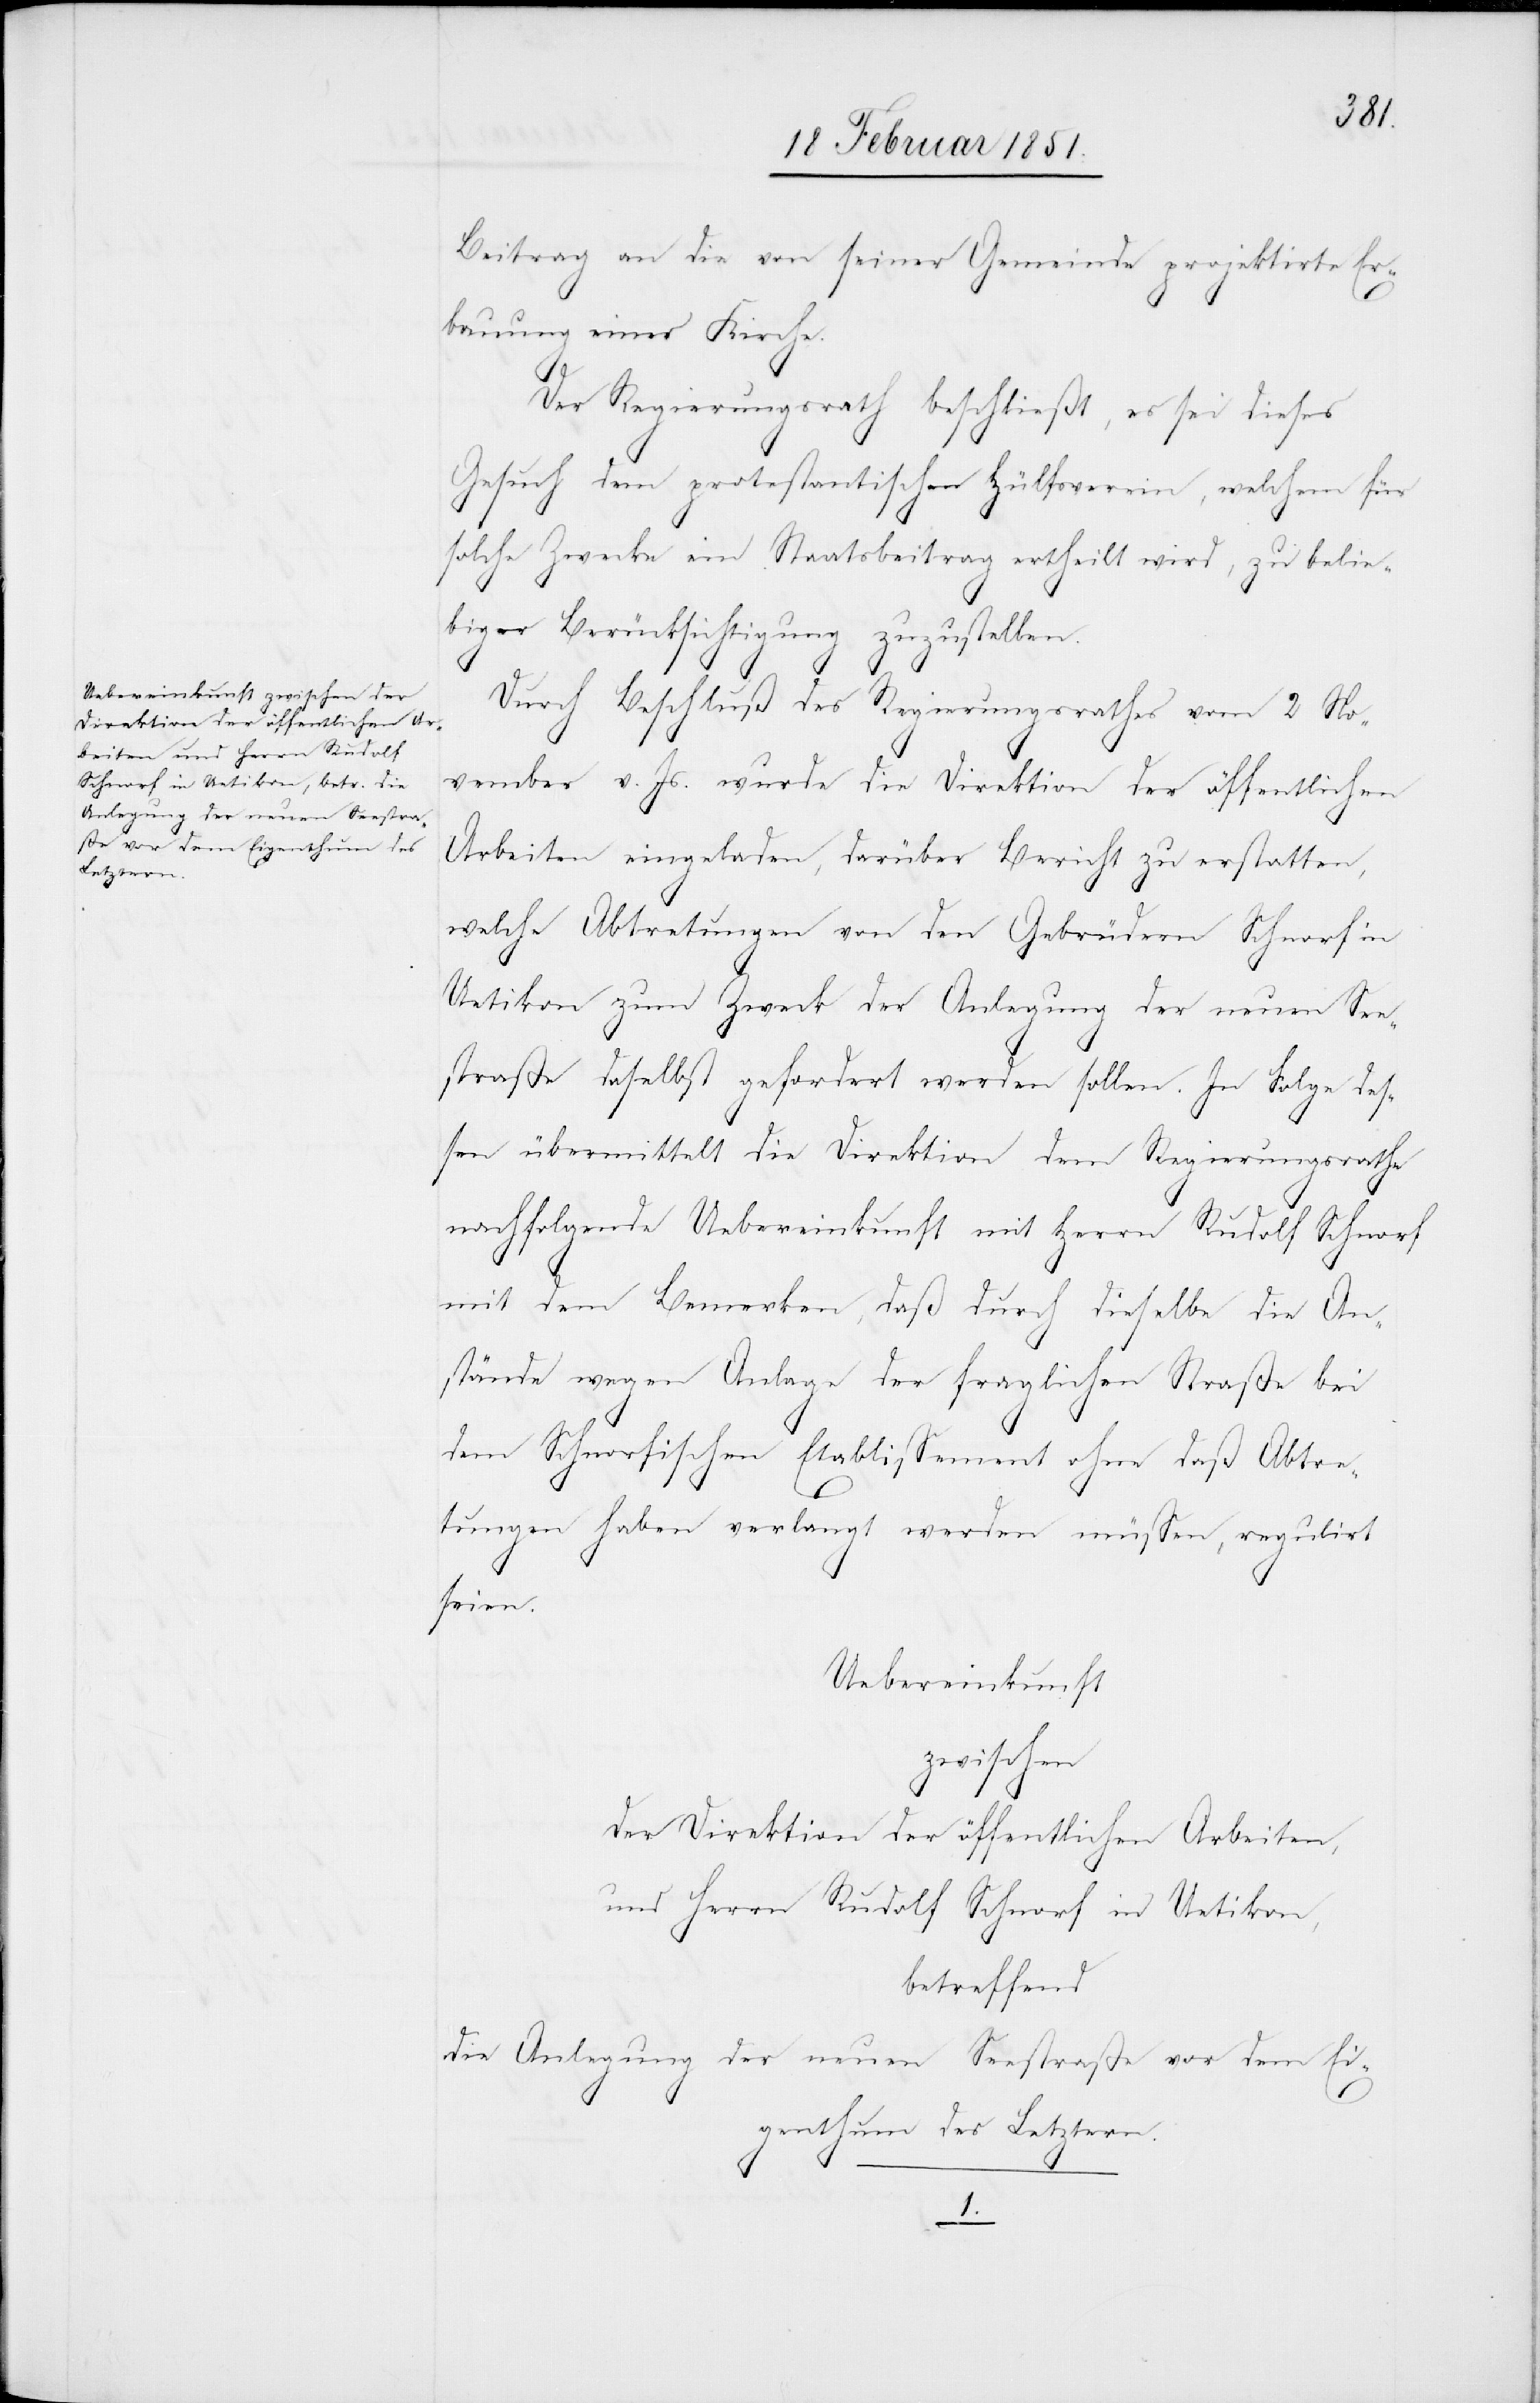
Beitrag an die von seiner Gemeinde projektirte Er¬
bauung einer Kirche.
Der Regierungsrath beschließt, es sei dieses
Gesuch dem protestantischen Hülfsverein, welchem für
solche Zwecke ein Staatsbeitrag ertheilt wird, zu belie¬
biger Berücksichtigung zuzustellen.
Durch Beschluß des Regierungsrathes vom 2 No¬
vember v. Js. wurde die Direktion der öffentlichen
Arbeiten eingeladen, darüber Bericht zu erstatten,
welche Abtretungen von den Gebrüdern Schnorf in
Uetikon zum Zweck der Anlegung der neuen See¬
straße daselbst gefordert werden sollen. In Folge des¬
sen übermittelt die Direktion dem Regierungsrathe
nachfolgende Uebereinkunft mit Herrn Rudolf Schnorf
mit dem Bemerken, daß durch dieselbe die An¬
stände wegen Anlage der fraglichen Straße bei
dem Schnorfischen Etablissement ohne daß Abtre¬
tungen haben verlangt werden müssen, regulirt
______
Uebereinkunft
zwischen
der Direktion der öffentlichen Arbeiten,
und Herrn Rudolf Schnorf in Uetikon,
betreffend
die Anlegung der neuen Seestraße vor dem
Eigenthum des Letztern.
1.